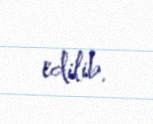
edilib.